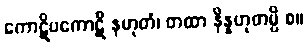
ကောဋိပကောဋိ နဟုတံ၊ တထာ နိန္နဟုတမ္ပိ စ။